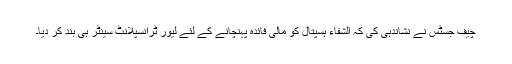
چیف جسٹس نے نشاندہی کی کہ الشفاء ہسپتال کو مالی فائدہ پہنچانے کے لئے لیور ٹرانسپلانٹ سینٹر ہی بند کر دیا۔